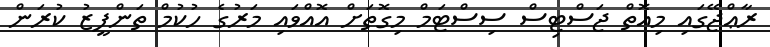
ރާޢްޖޭގައި މިއޮތް ޖަސްޓިސް ސިސްޓަމް މިގޮތަށް އޮއްވައި މަރުގެ ހުކުމް ތަންފީޒު ކުރަން